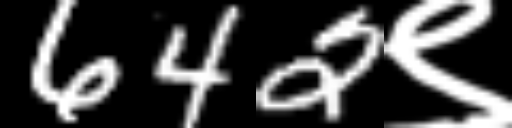
Text: 642९